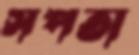
সপতা